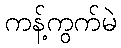
ကန့်ကွက်မဲ